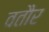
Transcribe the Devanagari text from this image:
वतौर